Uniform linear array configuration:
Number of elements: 24
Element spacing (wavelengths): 0.5
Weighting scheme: hamming
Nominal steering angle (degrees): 0
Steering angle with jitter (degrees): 0.6015
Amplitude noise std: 0.05
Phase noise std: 0.05

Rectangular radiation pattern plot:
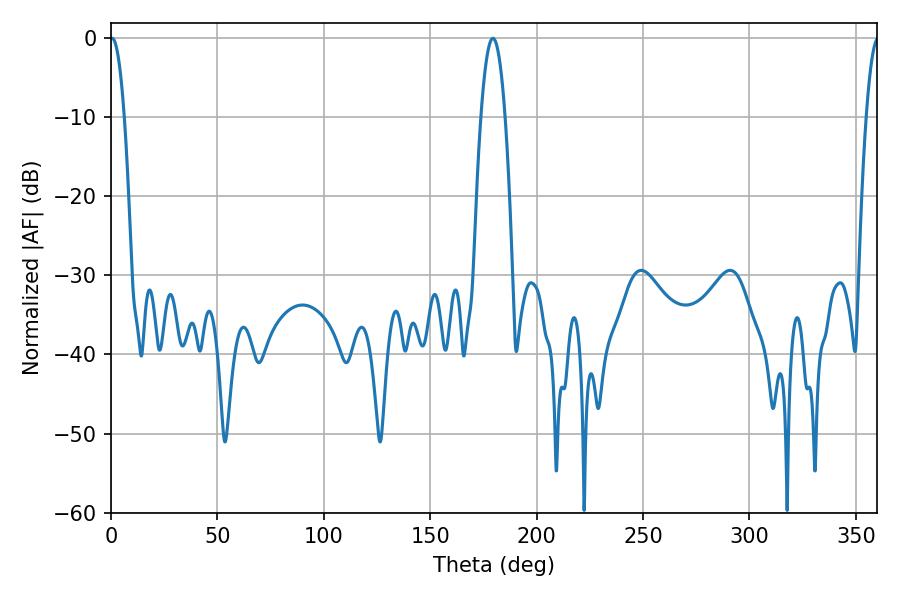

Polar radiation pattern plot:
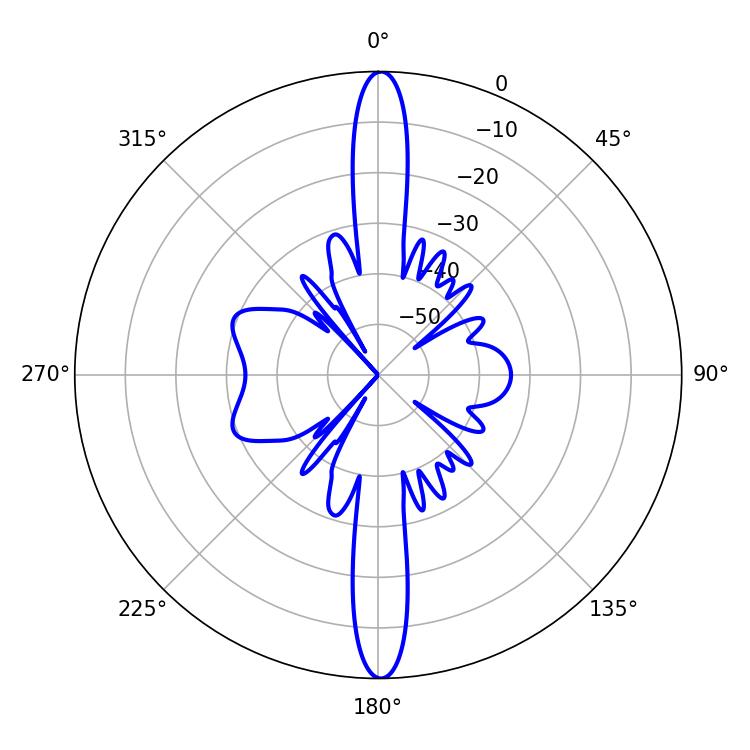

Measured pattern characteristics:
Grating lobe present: FALSE
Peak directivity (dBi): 30.679
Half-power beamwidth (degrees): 6.12
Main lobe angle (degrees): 179.46